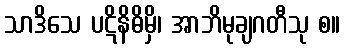
သာဒိသေ ပဋိနိဓိမှိ၊ အာဘိမုချဂတီသု စ။